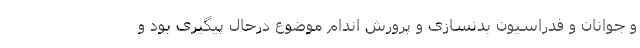
و جوانان و فدراسیون بدنسازی و پرورش اندام موضوع درحال پیگیری بود و